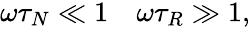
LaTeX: \begin{array}{r}{\omega\tau_{N}\ll 1\quad\omega\tau_{R}\gg 1,}\end{array}